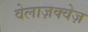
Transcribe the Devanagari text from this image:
वेलाज़क्वेज़